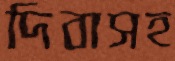
দিবাসহ